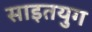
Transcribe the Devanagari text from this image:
साइतयुग